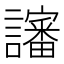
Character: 讅